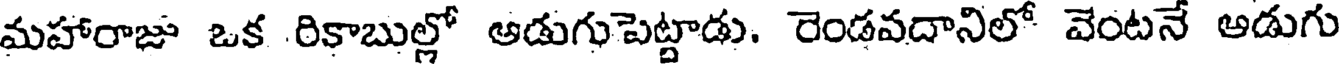
మహారాజు ఒక రికాబుల్లో ఆడుగుపెట్టాడు. రెండవదానిలో వెంటనే అడుగు